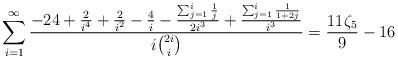
LaTeX: \begin{align*}\sum_{i=1}^{\infty } \frac{-24+\frac{2}{i^4}+\frac{2}{i^2}-\frac{4}{i}-\frac{\sum_{j=1}^i \frac{1}{j}}{2 i^3}+\frac{\sum_{j=1}^i \frac{1}{1+2 j}}{i^3}}{i \binom{2 i}{i}}=\frac{11 \zeta_5}{9}-16\end{align*}